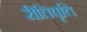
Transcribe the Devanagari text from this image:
रीतिवृत्ति